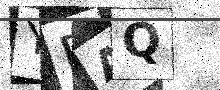
Text: YFAQ